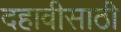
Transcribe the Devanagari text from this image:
दहावीसाठी